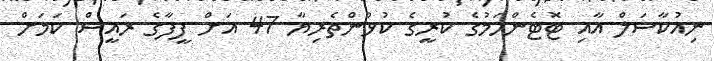
ނިއުކާސަލް އާއި ޓޮޓެންހަމުގެ ކުރީގެ ކުޅުންތެރިޔާ 47 އަށް ފީފާގެ ރައީސް ކަމަށް